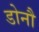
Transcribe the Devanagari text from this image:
डोनौ